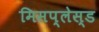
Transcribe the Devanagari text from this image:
मिसप्लेस्ड